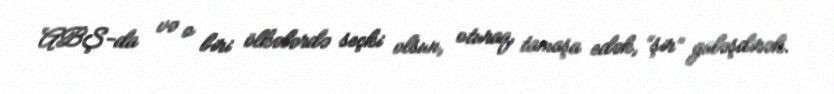
ABŞ-da və o biri ölkələrdə seçki olsun, oturaq, tamaşa edək, “şir” güləşdirək.